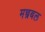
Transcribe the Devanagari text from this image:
मन्त्रबल